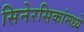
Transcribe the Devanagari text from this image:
सिनेरसिकांमध्ये